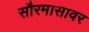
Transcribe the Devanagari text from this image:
सौरमासावर